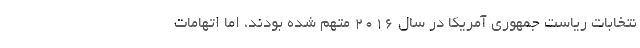
نتخابات ریاست جمهوری آمریکا در سال 2016 متهم شده‌ بودند، اما اتهامات